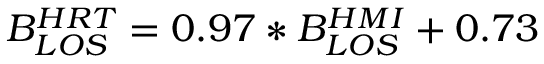
B _ { L O S } ^ { H R T } = 0 . 9 7 \ast B _ { L O S } ^ { H M I } + 0 . 7 3